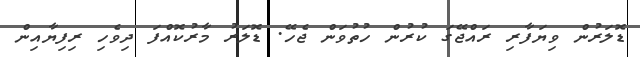
ޑޮލަރުން ވިޔަފާރި ރައްޖޭގަ ކުރުން ހުތުވަން ޖެހޭ. ޑޮލަރު މާރުކޮއްފަ ދިވެހި ރިފިޔާއިން